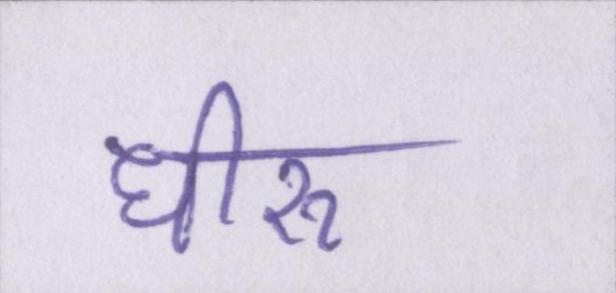
धीरू